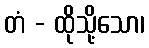
တံ - ထိုသို့သော၊